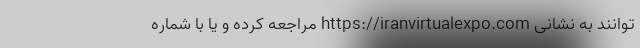
توانند به نشانی https://iranvirtualexpo.com مراجعه کرده و یا با شماره